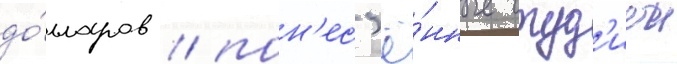
до́лларов / пон'ес'ё́нные студ'иеи